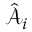
\hat { \mathcal { A } } _ { i }